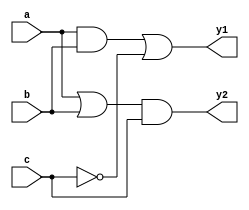
module combinational_logic (
    input wire a,        // Input signal a
    input wire b,        // Input signal b
    input wire c,        // Input signal c
    output reg y1,       // Output signal y1
    output reg y2        // Output signal y2
);

    // Combinational logic block
    always @(*) begin
        // Example logic operations
        y1 = (a & b) | (~c);  // y1 is true if both a and b are true or c is false
        y2 = (a | b) & c;     // y2 is true if either a or b is true and c is true
    end

endmodule